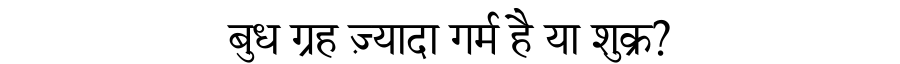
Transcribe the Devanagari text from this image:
बुध ग्रह ज़्यादा गर्म है या शुक्र?